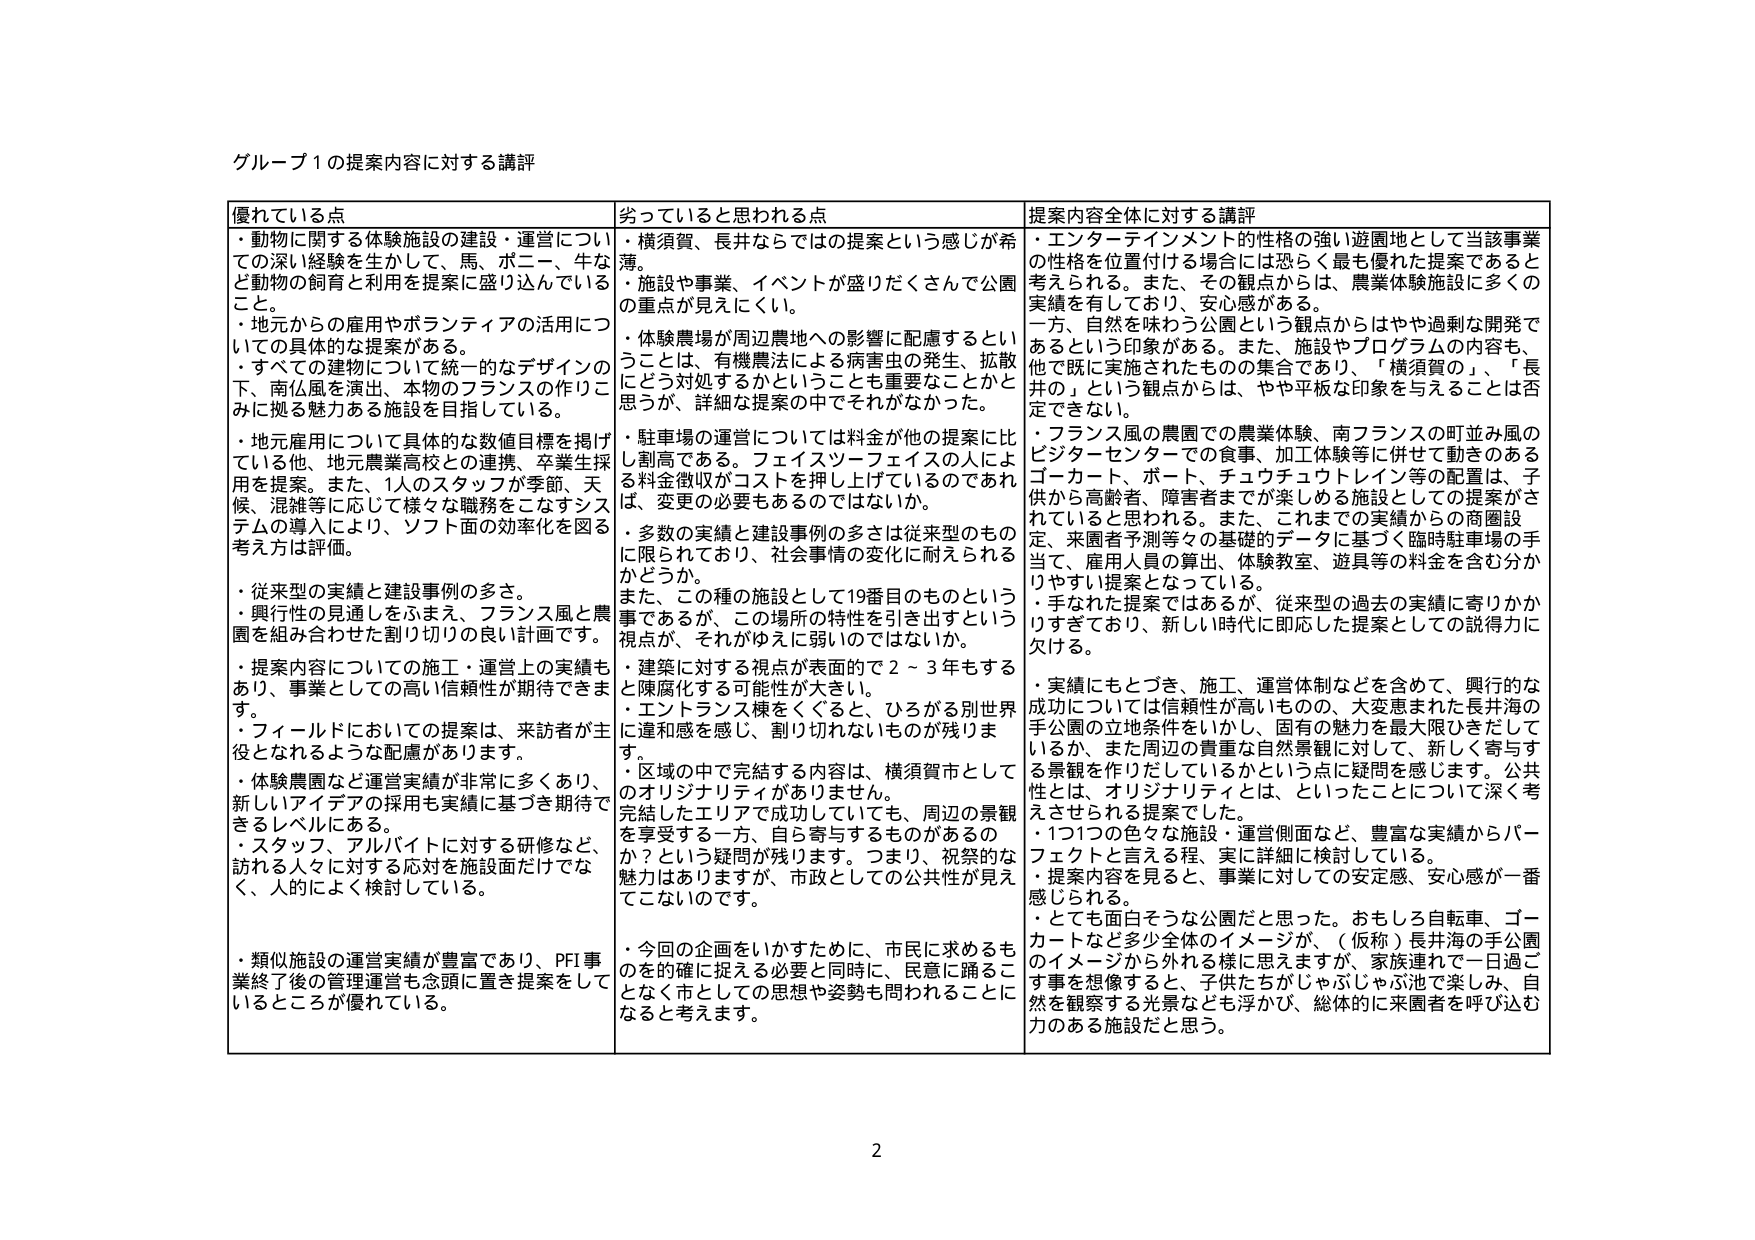
グループ１の提案内容に対する講評

優れている点
・動物に関する体験施設の建設・運営についての深い経験を生かして、馬、ポニー、牛など動物の飼育と利用を提案に盛り込んでいること。
・地元からの雇用やボランティアの活用についての具体的な提案がある。
・すべての建物について統一的なデザインの下、南仏風を演出、本物のフランスの作りこみに拠る魅力ある施設を目指している。
・地元雇用について具体的な数値目標を掲げている他、地元農業高校との連携、卒業生採用を提案。また、1人のスタッフが季節、天候、混雑等に応じて様々な職務をこなすシステムの導入により、ソフト面の効率化を図る考え方は評価。
・従来型の実績と建設事例の多さ。
・興行性の見通しをふまえ、フランス風と農園を組み合わせた割り切りの良い計画です。
・提案内容についての施工・運営上の実績もあり、事業としての高い信頼性が期待できます。
・フィールドにおいての提案は、来訪者が主役となれるような配慮があります。
・体験農園など運営実績が非常に多くあり、新しいアイデアの採用も実績に基づき期待できるレベルにある。
・スタッフ、アルバイトに対する研修など、訪れる人々に対する応対を施設面だけでなく、人的によく検討している。
・類似施設の運営実績が豊富であり、PFI事業終了後の管理運営も念頭に置き提案をしているところが優れている。

劣っていると思われる点
・横須賀、長井ならではの提案という感じが希薄。
・施設や事業、イベントが盛りだくさんで公園の重点が見えにくい。
・体験農場が周辺農地への影響に配慮するということは、有機農法による病害虫の発生、拡散にどう対処するかということも重要なことかと思うが、詳細な提案の中でそれもなかった。
・駐車場の運営については料金が他の提案に比し割高である。フェイスツーフェイスの人による料金徴収がコストを押し上げているのであれば、変更の必要もあるのではないか。
・多数の実績と建設事例の多さは従来型のものに限られており、社会事情の変化に耐えられるかどうか。
また、この種の施設として19番目のものという事であるが、この場所の特性を引き出すという視点が、それがゆえに弱いのではないか。
・建築に対する視点が表面的で2～3年もすると陳腐化する可能性が大きい。
・エントランス棟をくぐると、ひろがる別世界に違和感を感じ、割り切れないものが残ります。
・区域の中で完結する内容は、横須賀市としてのオリジナリティがありません。
完結したエリアで成功していても、周辺の景観を享受する一方、自ら寄与するものがあるのか？という疑問が残ります。つまり、祝祭的な魅力はありますが、市政としての公共性が見えていないのです。
・今回の企画をいかすために、市民に求めるものをの確に捉える必要と同時に、民意に踊ることなく市としての思想や姿勢も問われることになると考えます。

提案内容全体に対する講評
・エンターテインメントの性格の強い遊園地として当該事業の性格を位置付ける場合には恐らく最も優れた提案であると考えられる。また、その観点から、農業体験施設に多くの実績を有しており、安心感がある。
一方、自然を味わう公園という観点からはやや過剰な開発であるという印象がある。また、施設やプログラムの内容も、他で既に実施されたものの集合であり、「横須賀の」、「長井の」という観点からは、やや平板な印象を与えることは否定できない。
・フランス風の農園での農業体験、南フランスの町並み風のビジターセンターでの食事、加工体験等に併せて動きのあるゴーカート、ボート、チュウチュウトレイン等の配置は、子供から高齢者、障害者までが楽しめる施設としての提案がされていると思われる。また、これまでの実績からの商圏設定、来園者予測等々の基礎的データに基づく臨時駐車場の手当て、雇用人員の算出、体験教室、遊具等の料金を含む分かりやすい提案となっている。
・手なれた提案ではあるが、従来型の過去の実績に寄りかかりすぎており、新しい時代に即応した提案としての説得力に欠ける。
・実績にもとづき、施工、運営体制などを含めて、興行的な成功については信頼性が高いものの、大変恵まれた長井海の手公園の立地条件をいかし、固有の魅力を最大限ひきだしているか、また周辺の貴重な自然景観に対して、新しく寄与する景観を作りだしているかという点に疑問を感じます。公共性とは、オリジナリティとは、といったことについて深く考えさせられる提案でした。
・1つ1つの色々な施設・運営側面など、豊富な実績からパーフェクトと言える程、実に詳細に検討している。
・提案内容を見ると、事業に対しての安定感、安心感が一番感じられる。
・とても面白そうな公園だと思った。おもしろ自転車、ゴーカートなど多少全体のイメージが、（仮称）長井海の手公園のイメージから外れる様に思えますが、家族連れで一日過ごす事を想像すると、子供たちがじゃぶじゃぶび池で楽しみ、自然を観察する光景なども浮かび、総体的に来園者を呼び込む力のある施設だと思う。

2